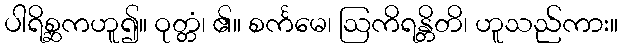
ပါရိစ္ဆကဟူ၍။ ဝုတ္တံ၊ ၏။ စင်္ကမေ၊ ဩကိရန္တိတိ၊ ဟူသည်ကား။